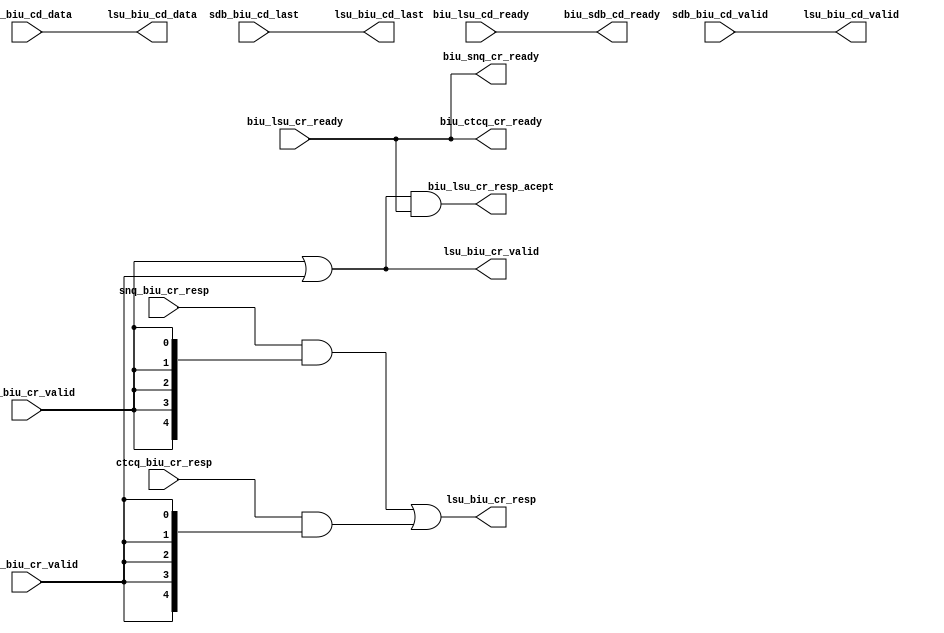
/*Copyright 2019-2021 T-Head Semiconductor Co., Ltd.

Licensed under the Apache License, Version 2.0 (the "License");
you may not use this file except in compliance with the License.
You may obtain a copy of the License at

    http://www.apache.org/licenses/LICENSE-2.0

Unless required by applicable law or agreed to in writing, software
distributed under the License is distributed on an "AS IS" BASIS,
WITHOUT WARRANTIES OR CONDITIONS OF ANY KIND, either express or implied.
See the License for the specific language governing permissions and
limitations under the License.
*/
module ct_lsu_snoop_resp(
  biu_ctcq_cr_ready,
  biu_lsu_cd_ready,
  biu_lsu_cr_ready,
  biu_lsu_cr_resp_acept,
  biu_sdb_cd_ready,
  biu_snq_cr_ready,
  ctcq_biu_cr_resp,
  ctcq_biu_cr_valid,
  lsu_biu_cd_data,
  lsu_biu_cd_last,
  lsu_biu_cd_valid,
  lsu_biu_cr_resp,
  lsu_biu_cr_valid,
  sdb_biu_cd_data,
  sdb_biu_cd_last,
  sdb_biu_cd_valid,
  snq_biu_cr_resp,
  snq_biu_cr_valid
);

// &Ports; @23
input            biu_lsu_cd_ready;     
input            biu_lsu_cr_ready;     
input   [4  :0]  ctcq_biu_cr_resp;     
input            ctcq_biu_cr_valid;    
input   [127:0]  sdb_biu_cd_data;      
input            sdb_biu_cd_last;      
input            sdb_biu_cd_valid;     
input   [4  :0]  snq_biu_cr_resp;      
input            snq_biu_cr_valid;     
output           biu_ctcq_cr_ready;    
output           biu_lsu_cr_resp_acept; 
output           biu_sdb_cd_ready;     
output           biu_snq_cr_ready;     
output  [127:0]  lsu_biu_cd_data;      
output           lsu_biu_cd_last;      
output           lsu_biu_cd_valid;     
output  [4  :0]  lsu_biu_cr_resp;      
output           lsu_biu_cr_valid;     

// &Regs; @24

// &Wires; @25
wire             biu_ctcq_cr_ready;    
wire             biu_lsu_cd_ready;     
wire             biu_lsu_cr_ready;     
wire             biu_lsu_cr_resp_acept; 
wire             biu_sdb_cd_ready;     
wire             biu_snq_cr_ready;     
wire    [4  :0]  ctcq_biu_cr_resp;     
wire             ctcq_biu_cr_valid;    
wire    [127:0]  lsu_biu_cd_data;      
wire             lsu_biu_cd_last;      
wire             lsu_biu_cd_valid;     
wire    [4  :0]  lsu_biu_cr_resp;      
wire             lsu_biu_cr_valid;     
wire    [127:0]  sdb_biu_cd_data;      
wire             sdb_biu_cd_last;      
wire             sdb_biu_cd_valid;     
wire    [4  :0]  snq_biu_cr_resp;      
wire             snq_biu_cr_valid;     


//cr channel
// &Force("output","lsu_biu_cr_valid"); @28
assign lsu_biu_cr_valid     = snq_biu_cr_valid || ctcq_biu_cr_valid;
assign lsu_biu_cr_resp[4:0] = (snq_biu_cr_resp[4:0]  & {5{snq_biu_cr_valid}})
                            | (ctcq_biu_cr_resp[4:0] & {5{ctcq_biu_cr_valid}});

assign biu_snq_cr_ready  = biu_lsu_cr_ready;
assign biu_ctcq_cr_ready = biu_lsu_cr_ready;

assign biu_lsu_cr_resp_acept  = lsu_biu_cr_valid && biu_lsu_cr_ready;

//cd channel
assign lsu_biu_cd_valid       = sdb_biu_cd_valid;
assign lsu_biu_cd_data[127:0] = sdb_biu_cd_data[127:0];
assign lsu_biu_cd_last        = sdb_biu_cd_last;

assign biu_sdb_cd_ready = biu_lsu_cd_ready;


// &ModuleEnd; @49
endmodule